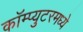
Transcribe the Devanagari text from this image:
कॉम्प्युटरमध्ये